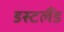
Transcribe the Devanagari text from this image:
डस्टलैंड